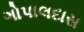
ગોપાલદાસ